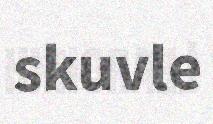
skuvle